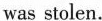
was stolen.